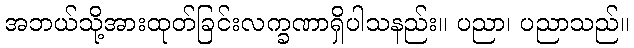
အဘယ်သို့အားထုတ်ခြင်းလက္ခဏာရှိပါသနည်း။ ပညာ၊ ပညာသည်။